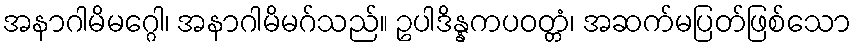
အနာဂါမိမဂ္ဂေါ၊ အနာဂါမိမဂ်သည်။ ဥပါဒိန္နကပဝတ္တံ၊ အဆက်မပြတ်ဖြစ်သော